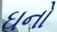
ઘનો